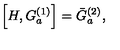
\left[ H , G _ { a } ^ { ( 1 ) } \right] = \bar { G } _ { a } ^ { ( 2 ) } ,